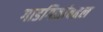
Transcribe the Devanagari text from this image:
गाडगिळांबद्दल